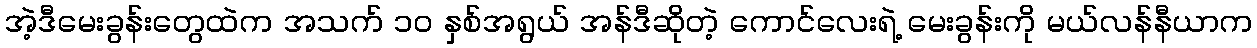
အဲ့ဒီမေးခွန်းတွေထဲက အသက် ၁၀ နှစ်အရွယ် အန်ဒီဆိုတဲ့ ကောင်လေးရဲ့ မေးခွန်းကို မယ်လန်နီယာက